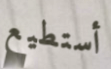
أستطيع